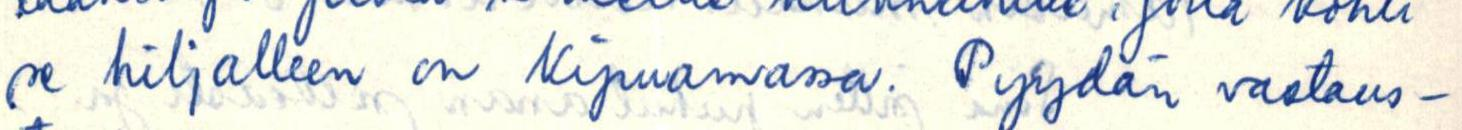
se hiljalleen on kipuamassa. Pyydän vastaus-